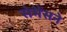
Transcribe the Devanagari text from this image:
सेमैंसने